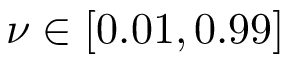
\nu \in [ 0 . 0 1 , 0 . 9 9 ]